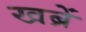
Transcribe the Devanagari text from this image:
खब्रें